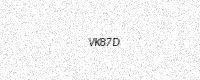
Text: VK87D